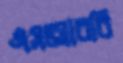
এসআরবি